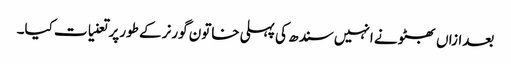
بعدازاں بھٹو نے انہیں سندھ کی پہلی خاتون گورنر کے طورپر تعنیات کیا۔